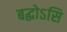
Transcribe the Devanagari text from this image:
बद्धोऽसि